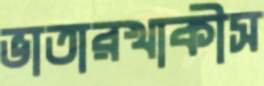
ভাতারখাকীস